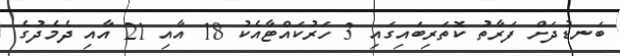
ބަނޑުދަށް ފަރާތު ކޮތަރިބައިގައި 3 ހަރުކައްޓާއެކު 18 އާއި 21 އާއި ދެމެދުގެ